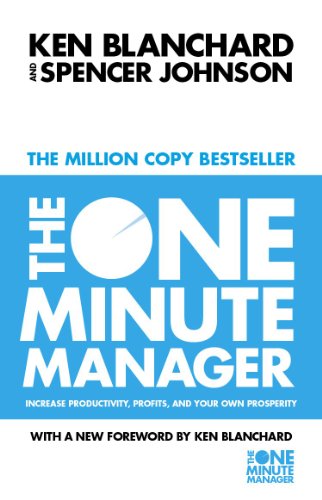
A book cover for The One Minute Manager; Blanchard; Business & Money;